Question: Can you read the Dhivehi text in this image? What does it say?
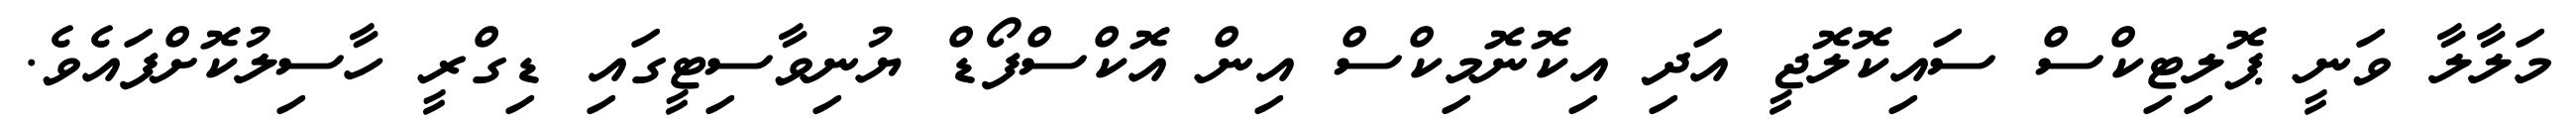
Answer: މަލާލާ ވަނީ ޕޮލިޓިކްސް ސައިކޮލޮޖީ އަދި އިކޮނޮމިކްސް އިން އޮކްސްފޯޑް ޔުނިވާސިޓީގައި ޑިގްރީ ހާސިލުކޮށްފައެވެ.